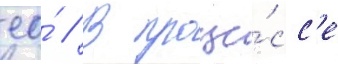
ео́ // В проце́сс'е